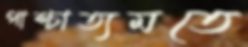
পাশ্চাত্যমতে